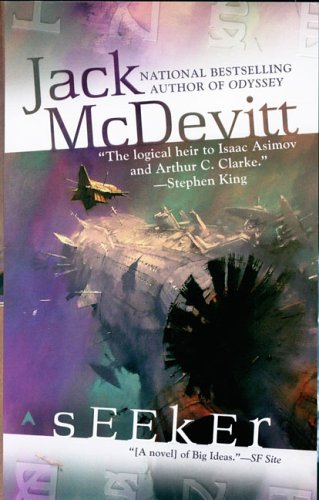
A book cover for Seeker; Jack McDevitt; Science Fiction & Fantasy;